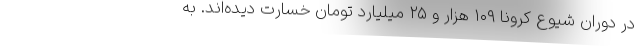
در دوران شیوع کرونا ۱۰۹ هزار و ۲۵ میلیارد تومان خسارت دیده‌اند. به